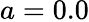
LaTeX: a=0.0